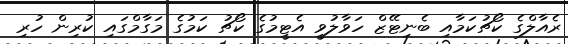
ރެއާލްގެ ކޯޗުކަމާއި ބެނިޓޭޒް ހަވާލުވީ އެޓީމުގެ ކޯޗު ކަމުގެ މަގާމްގައި ކުރިން ހުރި